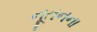
નૂતનના